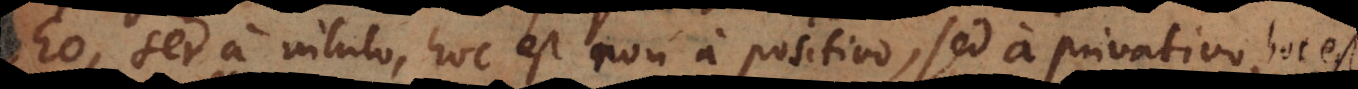
Deo, sed a nihilo, hoc est non a positivo, sed a privativo, hoc est